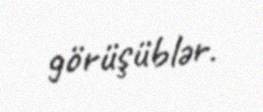
görüşüblər.